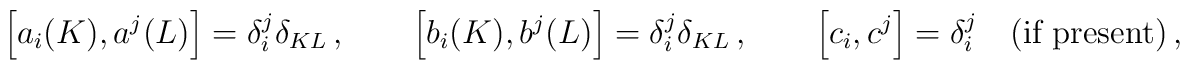
\left[ a_i(K) , a^j(L) \right] = \delta_i^j \delta_{KL} \,, \qquad\left[ b_i(K) , b^j(L) \right] = \delta_i^j \delta_{KL} \,, \qquad\left[ c_i , c^j \right] = \delta_i^j \quad \mbox{(if present)} \,,